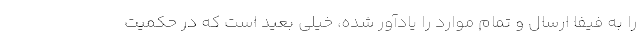
را به فیفا ارسال و تمام موارد را یادآور شده، خیلی بعید است که در حکمیت